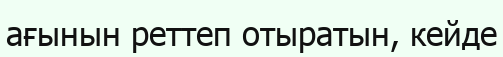
ағынын реттеп отыратын, кейде